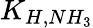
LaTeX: K_{H,NH_{3}}